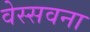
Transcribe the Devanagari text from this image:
वेस्सवना